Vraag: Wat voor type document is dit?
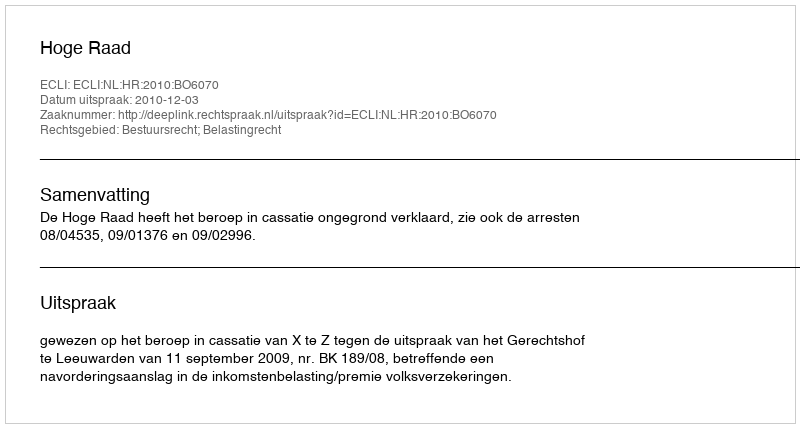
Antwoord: Uitspraak